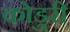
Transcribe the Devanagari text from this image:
कोडुरी